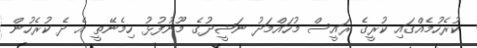
ކުރެހުމެއްގައި ކުރީގެ ރައީސް މުހައްމަދު ނަޝީދުގެ މޫނުފުޅު ހިމެނޭތީ އެ ދެ ކުރެހުން